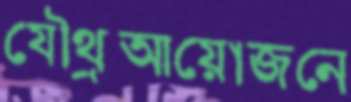
যৌথ্রআয়োজনে